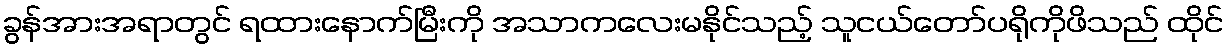
ခွန်အားအရာတွင် ရထားနောက်မြီးကို အသာကလေးမနိုင်သည့် သူငယ်တော်ပရိုကိုဖိသည် ထိုင်